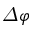
\varDelta \varphi